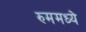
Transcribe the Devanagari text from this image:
रुममध्ये